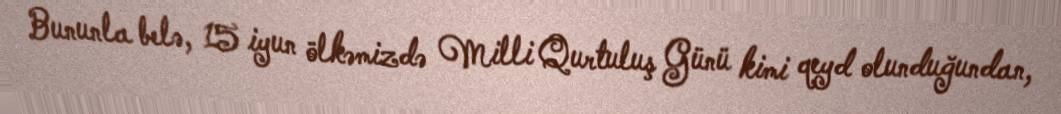
Bununla belə, 15 iyun ölkəmizdə Milli Qurtuluş Günü kimi qeyd olunduğundan,